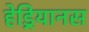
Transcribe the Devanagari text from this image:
हेड्रियानस